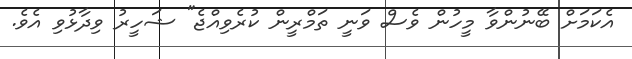
އެކަމަށް ބޭނުންވާ މީހުން ވެސް ވަނީ ތަމްރީން ކުރެވިއްޖެ" ޝަހީރު ވިދާޅުވި އެވެ.